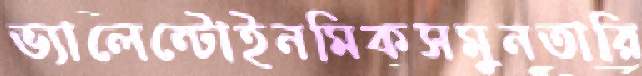
ভ্যালেন্টোইনমিকসমুনতারি